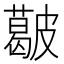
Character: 𥀥